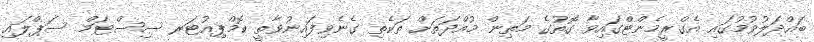
ބައްދަލުވުމުގައި އެގްރީމެންޓްގައިވާ ގޮތުގެ މަތިން މުއްދަތަށް ތަކެތި ގެނެވިފައިނުވާތީ ކޮމްޕިއުޓަރ ސިސްޓަމް ސަޕްލައި